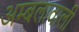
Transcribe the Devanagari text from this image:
अम्बलावाली